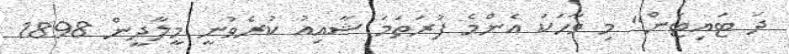
ދަ ޓައިޓަން" މި ވާހަކަ އެންމެ ފުރަތަމަ ޝާއިއު ކުރެވުނީ މީލާދީން 1898